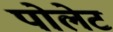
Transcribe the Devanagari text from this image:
पोलेट